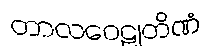
တာလဝေဠုတိဏံ